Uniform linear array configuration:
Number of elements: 24
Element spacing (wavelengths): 0.25
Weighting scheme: hamming
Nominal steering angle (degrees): -45
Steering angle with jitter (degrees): -44.829
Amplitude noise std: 0.05
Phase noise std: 0.05

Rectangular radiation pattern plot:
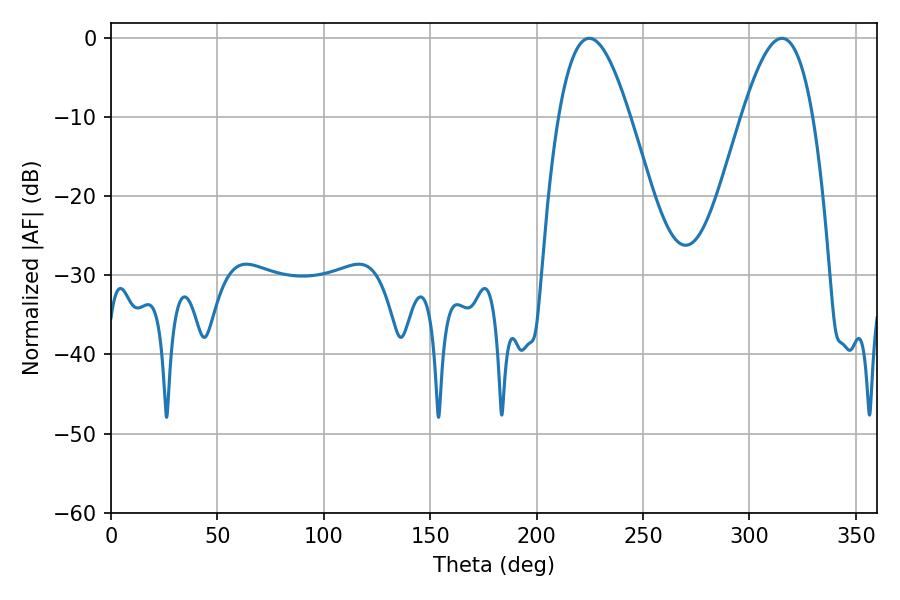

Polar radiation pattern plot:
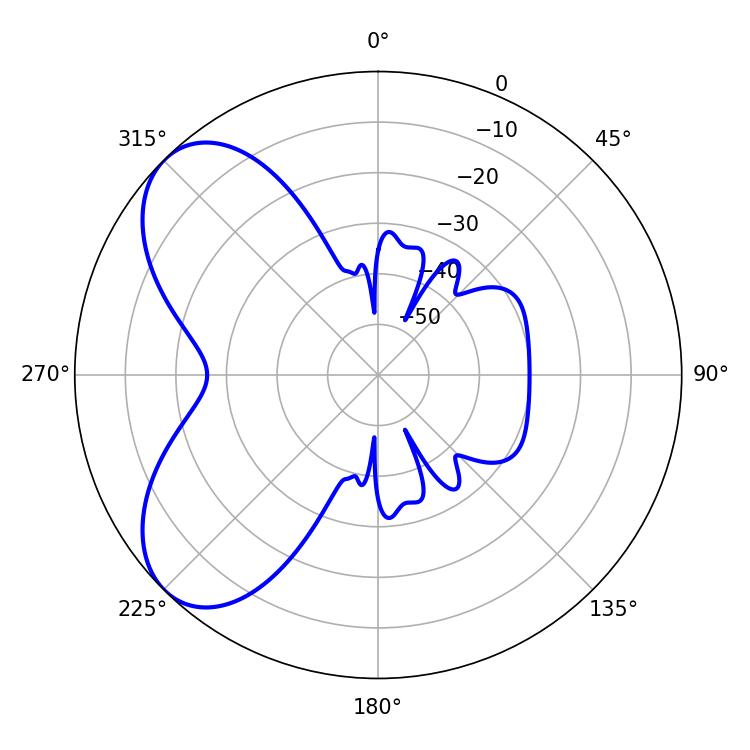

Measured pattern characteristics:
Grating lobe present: FALSE
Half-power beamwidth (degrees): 18.18
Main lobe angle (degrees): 224.82